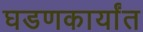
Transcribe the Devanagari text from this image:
घडणकार्यांत